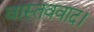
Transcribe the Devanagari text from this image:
वास्तववाद।